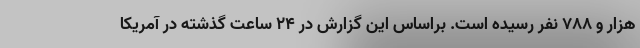
هزار و ۷۸۸ نفر رسیده است. براساس این گزارش در ۲۴ ساعت گذشته در آمریکا